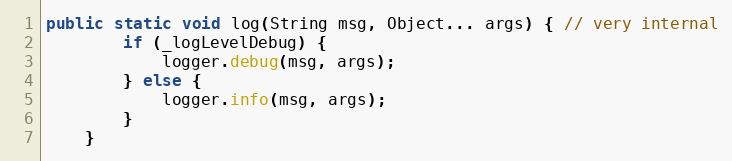
Language: Java
public static void log(String msg, Object... args) { // very internal
        if (_logLevelDebug) {
            logger.debug(msg, args);
        } else {
            logger.info(msg, args);
        }
    }